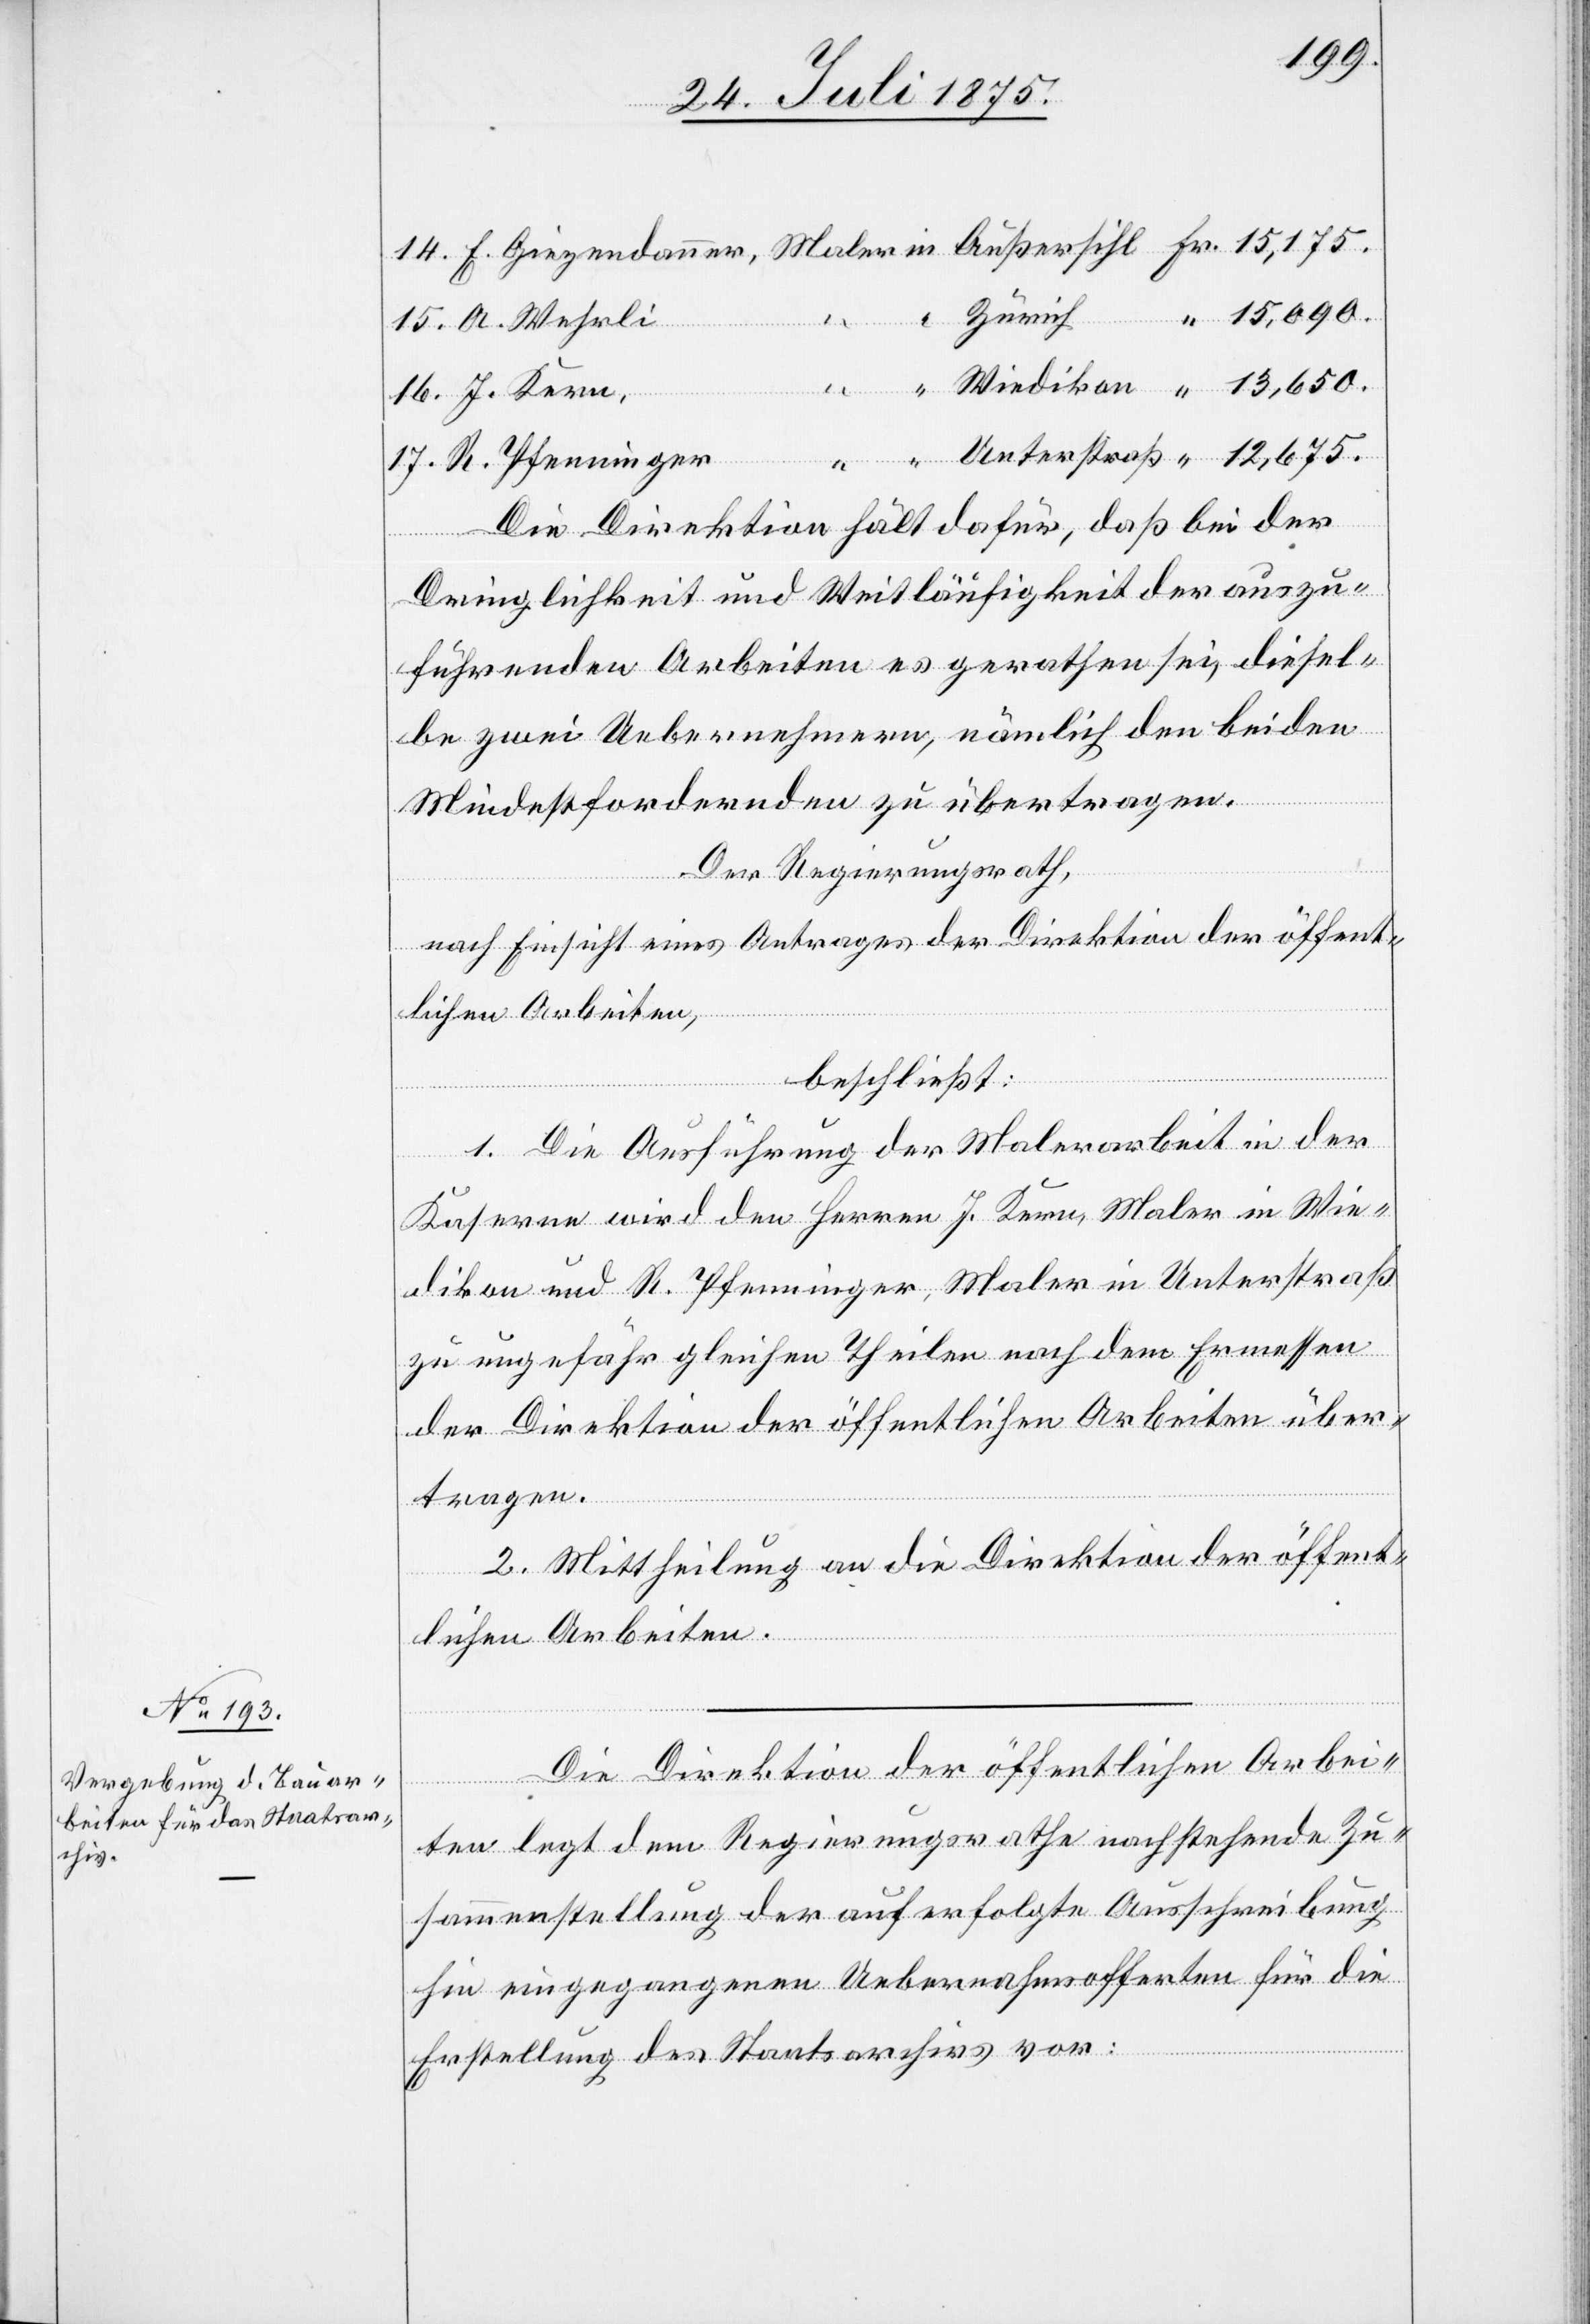
17.
R. Pfenninger
Die Direktion hält dafür, daß bei der
Wiedi¬
Dringlichkeit und Weitläufigkeit der auszu¬
führenden Arbeiten es gerathen sei, diesel¬
be zwei Uebernehmern, nämlich den beiden
Mindestfordernden zu übertragen.
Der Regierungsrath,
nach Einsicht eines Antrages der Direktion der öffent¬
lichen Arbeiten,
beschließt:
1. Die Durchführung der Malerarbeit in der
kon
Kaserne wird den Herrn J. Kern, Maler in Wie¬
dikon und R. Pfenninger, Maler in Unterstraß
zu ungefähr gleichen Theilen nach dem Ermessen
der Direktion der öffentlichen Arbeiten über¬
tragen.
2. Mittheilung an die Direktion der öffent¬
lichen Arbeiten-
Die Direktion der öffentlichen Arbei¬
ten legt dem Regierungsrathe nachstehende Zu¬
sammenstellung der auf erfolgte Ausschreibung
hin eingegangenen Uebernahmsofferten für die
Erstellung des Staatsarchivs vor: